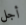
أجل